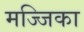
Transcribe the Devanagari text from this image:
मज्जिका